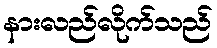
နားလည်လိုက်သည်